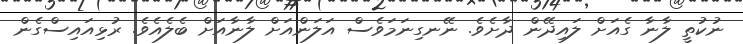
ނުކުތީ ލާނާ ގެއަށް ލައިދޭން ދާށެވެ. ނޭނގިނަމަވެސް އަލަންއަށް ލާނާއަށް ބެލެއެވެ. ރުޅިއައިސްގެން